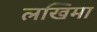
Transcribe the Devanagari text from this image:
लखिमा